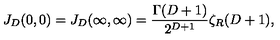
J _ { D } ( 0 , 0 ) = J _ { D } ( \infty , \infty ) = \frac { \Gamma ( D + 1 ) } { 2 ^ { D + 1 } } \zeta _ { R } ( D + 1 ) ,